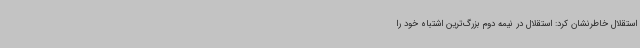
استقلال خاطرنشان کرد: استقلال در نیمه دوم بزرگ‌ترین اشتباه خود را